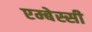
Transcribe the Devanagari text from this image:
एम्बेस्सी